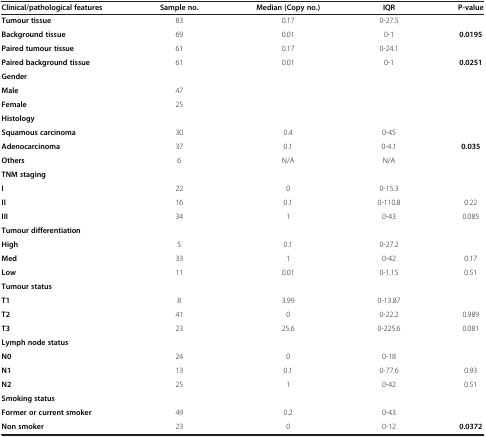
| Clinical/pathological features | Sample no. | Median (Copy no.) | IQR | P-value |
 | --- | --- | --- | --- | --- |
 | Tumour tissue | 83 | 0.17 | 0-27.5 |  |
 | Background tissue | 69 | 0.01 | 0-1 | 0.0195 |
 | Paired tumour tissue | 61 | 0.17 | 0-24.1 |  |
 | Paired background tissue | 61 | 0.01 | 0-1 | 0.0251 |
 | Gender |  |  |  |  |
 | Male | 47 |  |  |  |
 | Female | 25 |  |  |  |
 | Histology |  |  |  |  |
 | Squamous carcinoma | 30 | 0.4 | 0-45 |  |
 | Adenocarcinoma | 37 | 0.1 | 0-4.1 | 0.035 |
 | Others | 6 | N/A | N/A |  |
 | TNM staging |  |  |  |  |
 | I | 22 | 0 | 0-15.3 |  |
 | II | 16 | 0.1 | 0-110.8 | 0.22 |
 | III | 34 | 1 | 0-43 | 0.085 |
 | Tumour differentiation |  |  |  |  |
 | High | 5 | 0.1 | 0-27.2 |  |
 | Med | 33 | 1 | 0-42 | 0.17 |
 | Low | 11 | 0.01 | 0-1.15 | 0.51 |
 | Tumour status |  |  |  |  |
 | T1 | 8 | 3.99 | 0-13.87 |  |
 | T2 | 41 | 0 | 0-22.2 | 0.989 |
 | T3 | 23 | 25.6 | 0-225.6 | 0.081 |
 | Lymph node status |  |  |  |  |
 | N0 | 24 | 0 | 0-18 |  |
 | N1 | 13 | 0.1 | 0-77.6 | 0.93 |
 | N2 | 25 | 1 | 0-42 | 0.51 |
 | Smoking status |  |  |  |  |
 | Former or current smoker | 49 | 0.2 | 0-43 |  |
 | Non smoker | 23 | 0 | 0-12 | 0.0372 |